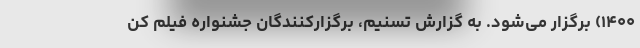
۱۴۰۰) برگزار می‌شود. به گزارش تسنیم، برگزارکنندگان جشنواره فیلم کن